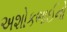
અશોકભાઈનો